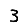
Digit: 3